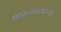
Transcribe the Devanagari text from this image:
साम्राज्यवादाच्या